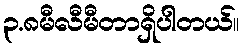
၃.၈မီလီမီတာရှိပါတယ်။